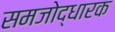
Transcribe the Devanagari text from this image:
समजोद्धारक